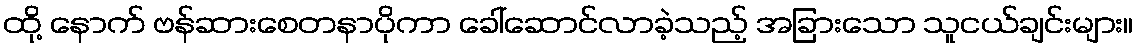
ထို့ နောက် ဗန်ဆားစေတနာပိုကာ ခေါ်ဆောင်လာခဲ့သည့် အခြားသော သူငယ်ချင်းများ။